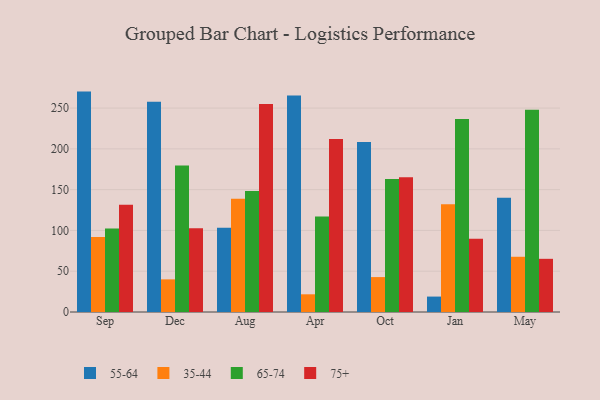
{"axis": {"x": "Month", "y": "Tickets Resolved"}, "legend": ["35-44", "55-64", "65-74", "75+"], "data": [{"x": "Sep", "y": 270.2, "type": "55-64"}, {"x": "Sep", "y": 91.9, "type": "35-44"}, {"x": "Sep", "y": 102.4, "type": "65-74"}, {"x": "Sep", "y": 131.5, "type": "75+"}, {"x": "Dec", "y": 257.7, "type": "55-64"}, {"x": "Dec", "y": 40.0, "type": "35-44"}, {"x": "Dec", "y": 179.5, "type": "65-74"}, {"x": "Dec", "y": 102.6, "type": "75+"}, {"x": "Aug", "y": 103.4, "type": "55-64"}, {"x": "Aug", "y": 138.7, "type": "35-44"}, {"x": "Aug", "y": 148.2, "type": "65-74"}, {"x": "Aug", "y": 254.9, "type": "75+"}, {"x": "Apr", "y": 265.3, "type": "55-64"}, {"x": "Apr", "y": 21.7, "type": "35-44"}, {"x": "Apr", "y": 117.0, "type": "65-74"}, {"x": "Apr", "y": 212.1, "type": "75+"}, {"x": "Oct", "y": 208.5, "type": "55-64"}, {"x": "Oct", "y": 42.8, "type": "35-44"}, {"x": "Oct", "y": 163.0, "type": "65-74"}, {"x": "Oct", "y": 165.3, "type": "75+"}, {"x": "Jan", "y": 18.9, "type": "55-64"}, {"x": "Jan", "y": 132.0, "type": "35-44"}, {"x": "Jan", "y": 236.6, "type": "65-74"}, {"x": "Jan", "y": 89.9, "type": "75+"}, {"x": "May", "y": 140.2, "type": "55-64"}, {"x": "May", "y": 67.7, "type": "35-44"}, {"x": "May", "y": 248.0, "type": "65-74"}, {"x": "May", "y": 65.2, "type": "75+"}]}